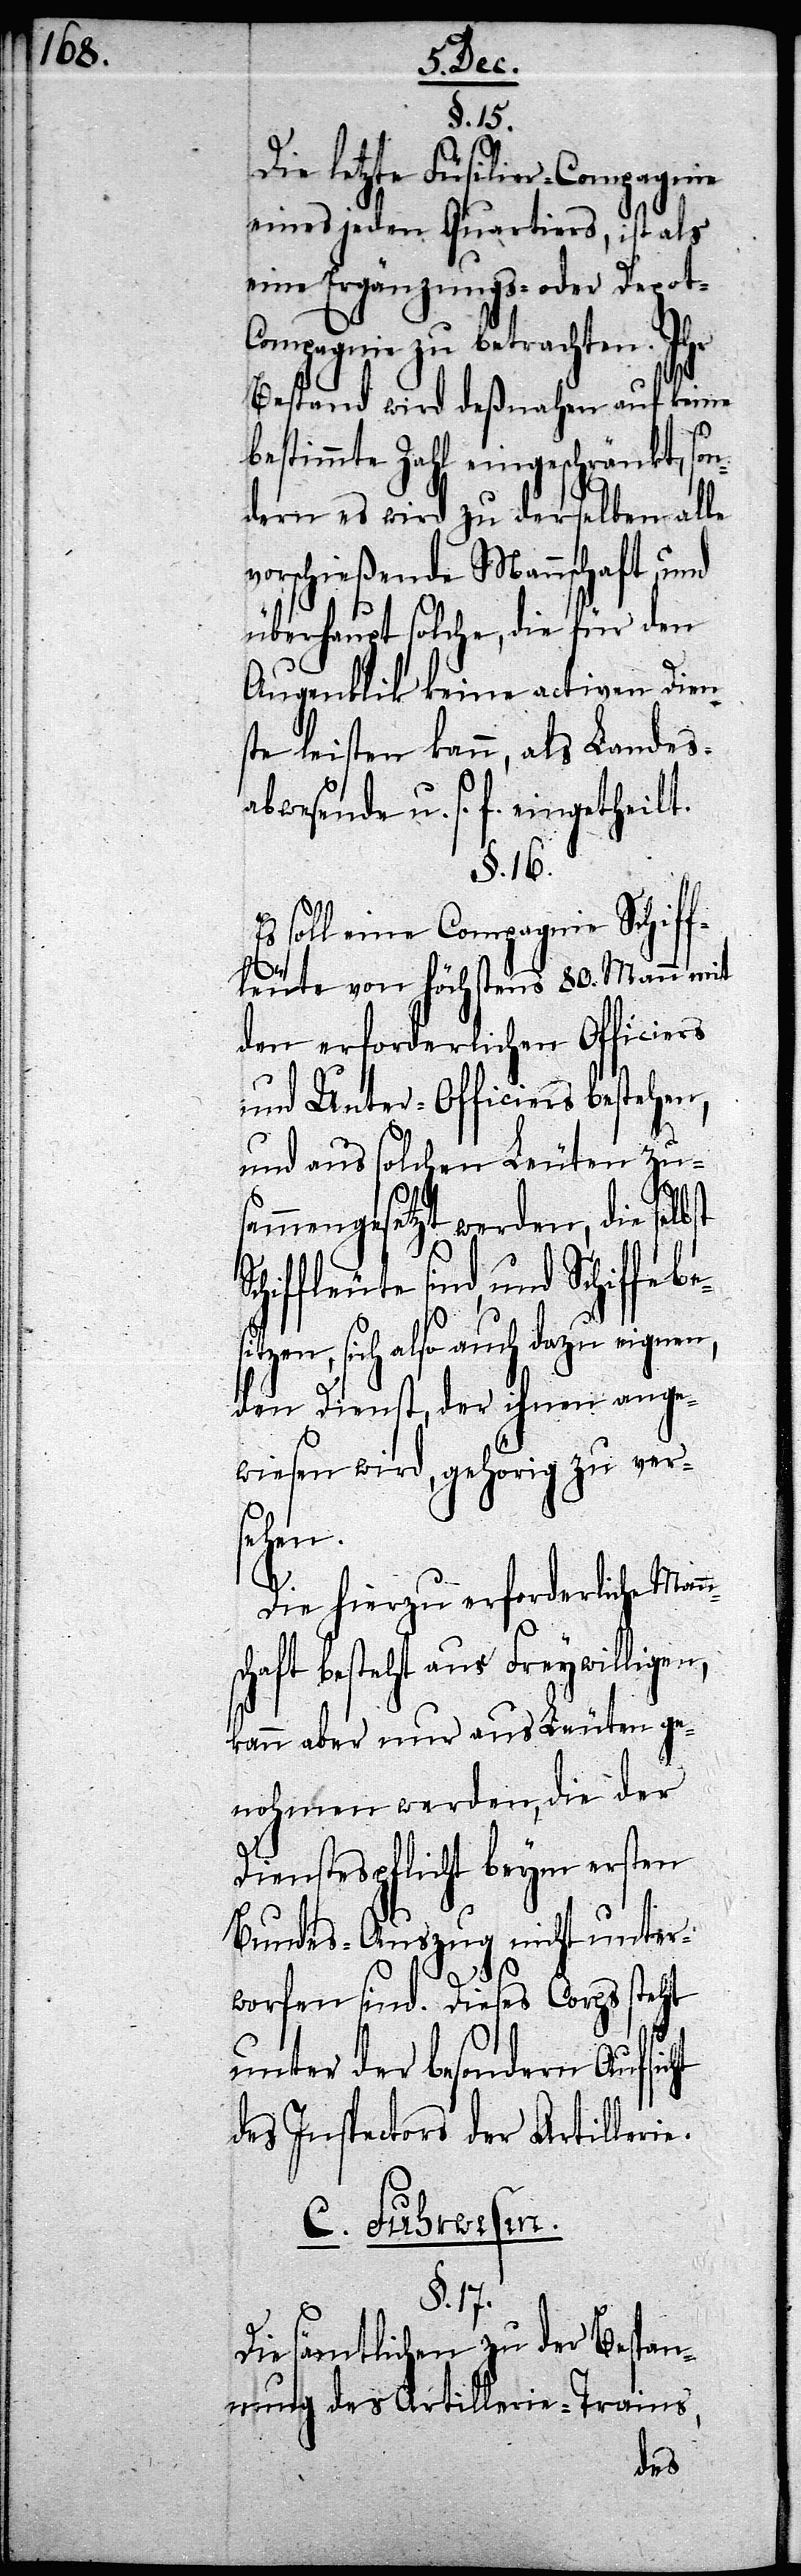
§. 15.
Die letzte Füsilier-Compagnie
eines jeden Quartiers, ist als
eine Ergänzungs- oder Depot-C¬
ompagnie zu betrachten. Ihr
Bestand wird deßnahen auf keine
bestimmte Zahl eingeschränkt, son¬
dern es wird zu derselben alle
verschiedene Mannschaft, und
überhaupt solche, die für den
Augenblick keine activen Dien¬
ste leisten kann, als Landes¬
abwesende u. s. f. eingetheilt.
§. 16.
Es soll eine Compagnie Schiff¬
leute von höchstens 80. Mann mit
den erforderlichen Officiers
und Unter-Officiers bestehen,
und aus solchen Leuten zus¬
ammengesetzt werden, die selb¬
hiffleute sind, und Schiffe
itzen, sich also auch dazu eignen,
den Dienst, der ihnen ange¬
wiesen wird, gehörig zu ver¬
sehen.
Die hierzu erforderliche Mann¬
schaft besteht aus Freywilligen,
kann aber nur aus Leuten ge¬
nohmen werden, die der
Dienstespflicht beym ersten
Bundes-Auszug nicht unter¬
worfen sind. Dieses Corps steht
Sc¬
unter der besondern Aufsicht
des Inspectors der Artillerie.
C. Fuhrwesen.
§. 17.
Die sämtlichen zu der Bespan¬
nung des Artillerie-Trains,
bes¬